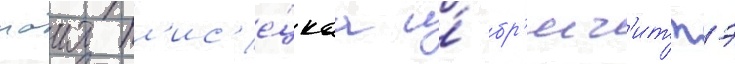
маия пл'ис'е́цкаа и́ бр'иг'иттэ